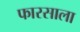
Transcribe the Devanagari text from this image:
फारसाला